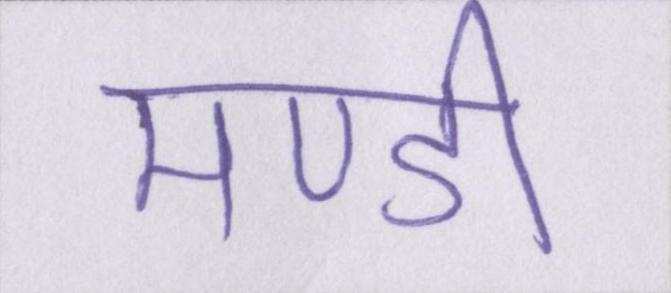
मण्डी